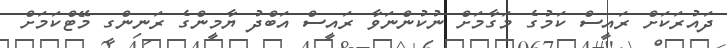
ދައުރަކަށް ރައީސް ކަމުގެ މަގާމަށް ނުކުންނަވާ ރައީސް އަބްދު ޔާމީންގެ ރަނިންގ މޭޓްކަމަށް